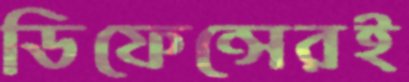
ডিফেন্সেরই